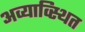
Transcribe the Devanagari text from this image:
अव्याव्स्थित